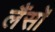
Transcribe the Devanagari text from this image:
लैंसोँ